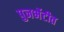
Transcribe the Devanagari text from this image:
पुनर्भेटीत